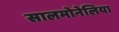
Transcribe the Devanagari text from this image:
सालमोनेलिया